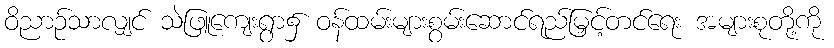
ဝိညာဉ်သာလျှင် သဲဖြူကျေးရွာ၌ ဝန်ထမ်းများစွမ်းဆောင်ရည်မြှင့်တင်ရေး အများစုတို့ကို